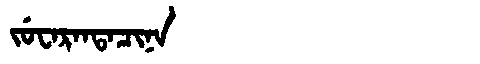
Manchu: ᠵᡠᠸᠠᡵᠠᠨᡨᠠᠴᡳᠨᠠ
Romanization: JUWARANTACINA